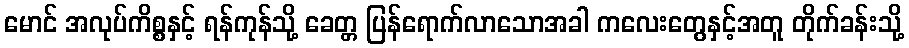
မောင် အလုပ်ကိစ္စနှင့် ရန်ကုန်သို့ ခေတ္တ ပြန်ရောက်လာသောအခါ ကလေးတွေနှင့်အတူ တိုက်ခန်းသို့